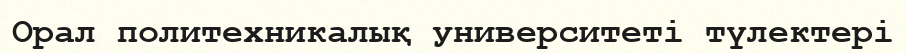
Орал политехникалық университеті түлектері